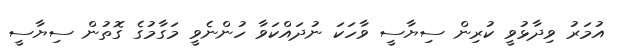
އުމަރު ވިދާޅުވީ ކުރިން ސިޔާސީ ވާހަކަ ނުދައްކަވާ ހުންނެވީ މަގާމުގެ ގޮތުން ސިޔާސީ